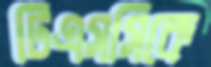
টিএসসিকে